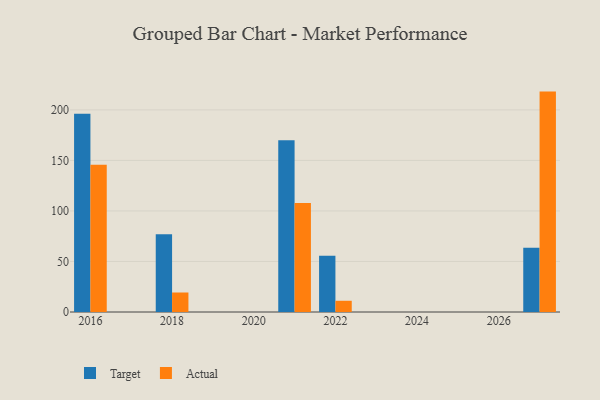
{"axis": {"x": "Year", "y": "Churn Rate (%)"}, "legend": ["Actual", "Target"], "data": [{"x": "2018", "y": 77.0, "type": "Target"}, {"x": "2018", "y": 19.3, "type": "Actual"}, {"x": "2021", "y": 170.0, "type": "Target"}, {"x": "2021", "y": 107.9, "type": "Actual"}, {"x": "2022", "y": 55.6, "type": "Target"}, {"x": "2022", "y": 11.1, "type": "Actual"}, {"x": "2016", "y": 196.3, "type": "Target"}, {"x": "2016", "y": 145.7, "type": "Actual"}, {"x": "2027", "y": 63.5, "type": "Target"}, {"x": "2027", "y": 218.1, "type": "Actual"}]}